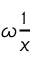
\omega \frac { \d H _ { 1 } } { \d x }